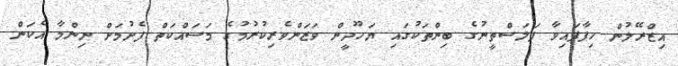
އިޒްރޭލުން ހިފާފައިވާ ފަލަސްތީނުގެ ބިންތަކުގައި ޔަހޫދީން ވަޒަންވެރިކުރުމުގެ މަސައްކަތް ފެށުމަށް ނިންމާ އެކަން